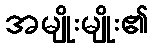
အမျိုးမျိုး၏